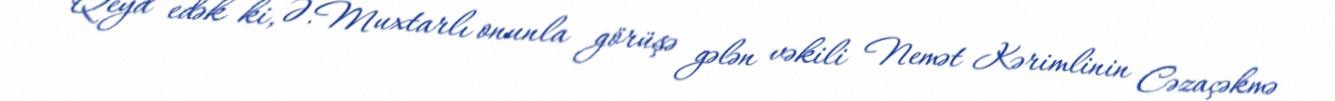
Qeyd edək ki, Ə.Muxtarlı onunla görüşə gələn vəkili Nemət Kərimlinin Cəzaçəkmə